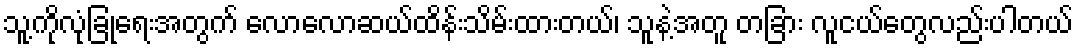
သူ့ကိုလုံခြုံရေးအတွက် လောလောဆယ်ထိန်းသိမ်းထားတယ်၊ သူနဲ့အတူ တခြား လူငယ်တွေလည်းပါတယ်